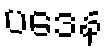
ပဒေန